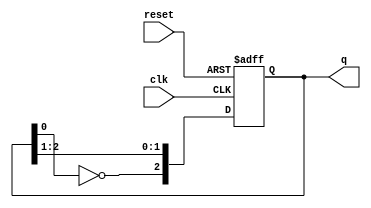
module modified_johnson_counter (
    input wire clk,          // Clock input
    input wire reset,        // Asynchronous reset
    output reg [2:0] q       // 3-bit output
);

// Always block triggered on clock edge or reset
always @(posedge clk or posedge reset) begin
    if (reset) begin
        q <= 3'b000;         // Reset the counter to 000
    end else begin
        // Modified Johnson Counter logic
        q[2] <= ~q[0];       // Feedback from the last flip-flop (inverted)
        q[1] <= q[2];        // Shift the state
        q[0] <= q[1];        // Shift the state
    end
end

endmodule